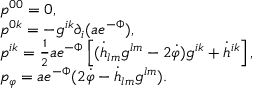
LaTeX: \begin{array} { l } { { p ^ { 0 0 } = 0 , } } \\ { { p ^ { 0 k } = - g ^ { i k } \partial _ { i } ( a e ^ { - \Phi } ) , } } \\ { { p ^ { i k } = \frac { 1 } { 2 } a e ^ { - \Phi } \left[ ( \dot { h } _ { l m } g ^ { l m } - 2 \dot { \varphi } ) g ^ { i k } + \dot { h } ^ { i k } \right] , } } \\ { { p _ { \varphi } = a e ^ { - \Phi } ( 2 \dot { \varphi } - \dot { h } _ { l m } g ^ { l m } ) . } } \end{array}